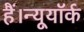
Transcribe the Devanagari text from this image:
हैं।न्यूयॉर्क